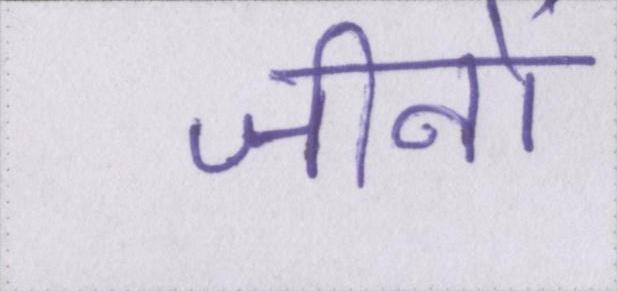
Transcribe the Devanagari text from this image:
जीनों